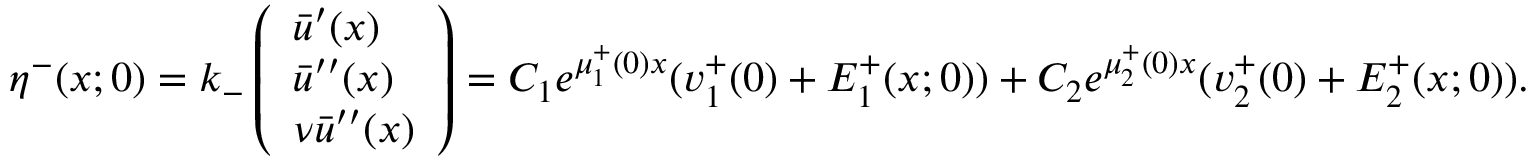
\eta ^ { - } ( x ; 0 ) = k _ { - } \left( \begin{array} { l } { \bar { u } ^ { \prime } ( x ) } \\ { \bar { u } ^ { \prime \prime } ( x ) } \\ { \nu \bar { u } ^ { \prime \prime } ( x ) } \end{array} \right) = C _ { 1 } e ^ { \mu _ { 1 } ^ { + } ( 0 ) x } ( v _ { 1 } ^ { + } ( 0 ) + E _ { 1 } ^ { + } ( x ; 0 ) ) + C _ { 2 } e ^ { \mu _ { 2 } ^ { + } ( 0 ) x } ( v _ { 2 } ^ { + } ( 0 ) + E _ { 2 } ^ { + } ( x ; 0 ) ) .